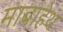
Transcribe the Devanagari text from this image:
माबाहेथ